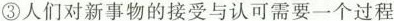
③人们对新事物的接受与认可需要一个过程